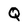
Character: Q